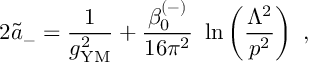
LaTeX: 2 { \widetilde a } _ { - } = { \frac { 1 } { g _ { \mathrm { { \small Y M } } } ^ { 2 } } } + { \frac { \beta _ { 0 } ^ { ( - ) } } { 1 6 \pi ^ { 2 } } } ~ \ln \left( { \frac { \Lambda ^ { 2 } } { p ^ { 2 } } } \right) ~ ,